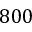
8 0 0